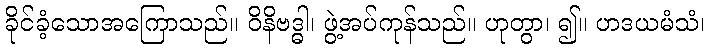
ခိုင်ခံ့သောအကြောသည်။ ဝိနိဗဒ္ဓါ၊ ဖွဲ့အပ်ကုန်သည်။ ဟုတွာ၊ ၍။ ဟဒယမံသံ၊